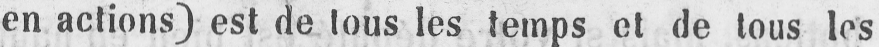
en actions) est de tous les temps et de tous les